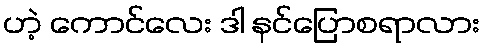
ဟဲ့ ကောင်လေး ဒါ နင်ပြောစရာလား